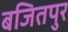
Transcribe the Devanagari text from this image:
बजितपुर